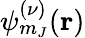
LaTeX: \psi_{m_{J}}^{(\nu)}(\mathbf{r})